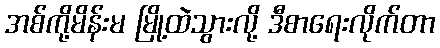
အစ်ကို့မိန်းမ မြို့ထဲသွားလို့ ဒီစာရေးလိုက်တာ